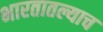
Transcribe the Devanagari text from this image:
भारतातल्याच